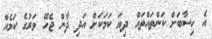
އެ ހިސާބަށް ކަންތައްތައް ދިޔަ ކަމަކަށް އަދި ދާން ޖެހޭ ވަރުގެ ކަމެއް